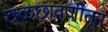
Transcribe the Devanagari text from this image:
छळछावणीतून